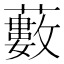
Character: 藪